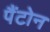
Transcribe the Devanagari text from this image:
पैंटोन